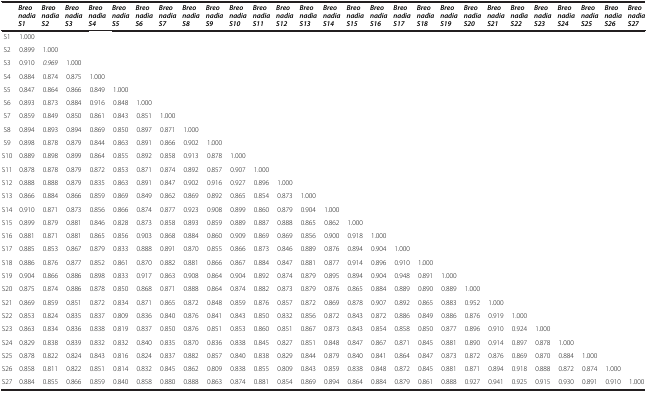
<table><thead><tr><td></td><td><b><i>Breo nadia S1</i></b></td><td><b><i>Breo nadia S2</i></b></td><td><b><i>Breo nadia S3</i></b></td><td><b><i>Breo nadia S4</i></b></td><td><b><i>Breo nadia S5</i></b></td><td><b><i>Breo nadia S6</i></b></td><td><b><i>Breo nadia S7</i></b></td><td><b><i>Breo nadia S8</i></b></td><td><b><i>Breo nadia S9</i></b></td><td><b><i>Breo nadia S10</i></b></td><td><b><i>Breo nadia S11</i></b></td><td><b><i>Breo nadia S12</i></b></td><td><b><i>Breo nadia S13</i></b></td><td><b><i>Breo nadia S14</i></b></td><td><b><i>Breo nadia S15</i></b></td><td><b><i>Breo nadia S16</i></b></td><td><b><i>Breo nadia S17</i></b></td><td><b><i>Breo nadia S18</i></b></td><td><b><i>Breo nadia S19</i></b></td><td><b><i>Breo nadia S20</i></b></td><td><b><i>Breo nadia S21</i></b></td><td><b><i>Breo nadia S22</i></b></td><td><b><i>Breo nadia S23</i></b></td><td><b><i>Breo nadia S24</i></b></td><td><b><i>Breo nadia S25</i></b></td><td><b><i>Breo nadia S26</i></b></td><td><b><i>Breo nadia S27</i></b></td></tr></thead><tbody><tr><td>S1</td><td>1.000</td><td></td><td></td><td></td><td></td><td></td><td></td><td></td><td></td><td></td><td></td><td></td><td></td><td></td><td></td><td></td><td></td><td></td><td></td><td></td><td></td><td></td><td></td><td></td><td></td><td></td><td></td></tr><tr><td>S2</td><td>0.899</td><td>1.000</td><td></td><td></td><td></td><td></td><td></td><td></td><td></td><td></td><td></td><td></td><td></td><td></td><td></td><td></td><td></td><td></td><td></td><td></td><td></td><td></td><td></td><td></td><td></td><td></td><td></td></tr><tr><td>S3</td><td>0.910</td><td><i>0.969</i></td><td>1.000</td><td></td><td></td><td></td><td></td><td></td><td></td><td></td><td></td><td></td><td></td><td></td><td></td><td></td><td></td><td></td><td></td><td></td><td></td><td></td><td></td><td></td><td></td><td></td><td></td></tr><tr><td>S4</td><td>0.884</td><td>0.874</td><td>0.875</td><td>1.000</td><td></td><td></td><td></td><td></td><td></td><td></td><td></td><td></td><td></td><td></td><td></td><td></td><td></td><td></td><td></td><td></td><td></td><td></td><td></td><td></td><td></td><td></td><td></td></tr><tr><td>S5</td><td>0.847</td><td>0.864</td><td>0.866</td><td>0.849</td><td>1.000</td><td></td><td></td><td></td><td></td><td></td><td></td><td></td><td></td><td></td><td></td><td></td><td></td><td></td><td></td><td></td><td></td><td></td><td></td><td></td><td></td><td></td><td></td></tr><tr><td>S6</td><td>0.893</td><td>0.873</td><td>0.884</td><td>0.916</td><td>0.848</td><td>1.000</td><td></td><td></td><td></td><td></td><td></td><td></td><td></td><td></td><td></td><td></td><td></td><td></td><td></td><td></td><td></td><td></td><td></td><td></td><td></td><td></td><td></td></tr><tr><td>S7</td><td>0.859</td><td>0.849</td><td>0.850</td><td>0.861</td><td>0.843</td><td>0.851</td><td>1.000</td><td></td><td></td><td></td><td></td><td></td><td></td><td></td><td></td><td></td><td></td><td></td><td></td><td></td><td></td><td></td><td></td><td></td><td></td><td></td><td></td></tr><tr><td>S8</td><td>0.894</td><td>0.893</td><td>0.894</td><td>0.869</td><td>0.850</td><td>0.897</td><td>0.871</td><td>1.000</td><td></td><td></td><td></td><td></td><td></td><td></td><td></td><td></td><td></td><td></td><td></td><td></td><td></td><td></td><td></td><td></td><td></td><td></td><td></td></tr><tr><td>S9</td><td>0.898</td><td>0.878</td><td>0.879</td><td>0.844</td><td>0.863</td><td>0.891</td><td>0.866</td><td>0.902</td><td>1.000</td><td></td><td></td><td></td><td></td><td></td><td></td><td></td><td></td><td></td><td></td><td></td><td></td><td></td><td></td><td></td><td></td><td></td><td></td></tr><tr><td>S10</td><td>0.889</td><td>0.898</td><td>0.899</td><td>0.864</td><td>0.855</td><td>0.892</td><td>0.858</td><td>0.913</td><td>0.878</td><td>1.000</td><td></td><td></td><td></td><td></td><td></td><td></td><td></td><td></td><td></td><td></td><td></td><td></td><td></td><td></td><td></td><td></td><td></td></tr><tr><td>S11</td><td>0.878</td><td>0.878</td><td>0.879</td><td>0.872</td><td>0.853</td><td>0.871</td><td>0.874</td><td>0.892</td><td>0.857</td><td>0.907</td><td>1.000</td><td></td><td></td><td></td><td></td><td></td><td></td><td></td><td></td><td></td><td></td><td></td><td></td><td></td><td></td><td></td><td></td></tr><tr><td>S12</td><td>0.888</td><td>0.888</td><td>0.879</td><td>0.835</td><td>0.863</td><td>0.891</td><td>0.847</td><td>0.902</td><td>0.916</td><td>0.927</td><td>0.896</td><td>1.000</td><td></td><td></td><td></td><td></td><td></td><td></td><td></td><td></td><td></td><td></td><td></td><td></td><td></td><td></td><td></td></tr><tr><td>S13</td><td>0.866</td><td>0.884</td><td>0.866</td><td>0.859</td><td>0.869</td><td>0.849</td><td>0.862</td><td>0.869</td><td>0.892</td><td>0.865</td><td>0.854</td><td>0.873</td><td>1.000</td><td></td><td></td><td></td><td></td><td></td><td></td><td></td><td></td><td></td><td></td><td></td><td></td><td></td><td></td></tr><tr><td>S14</td><td>0.910</td><td>0.871</td><td>0.873</td><td>0.856</td><td>0.866</td><td>0.874</td><td>0.877</td><td>0.923</td><td>0.908</td><td>0.899</td><td>0.860</td><td>0.879</td><td>0.904</td><td>1.000</td><td></td><td></td><td></td><td></td><td></td><td></td><td></td><td></td><td></td><td></td><td></td><td></td><td></td></tr><tr><td>S15</td><td>0.899</td><td>0.879</td><td>0.881</td><td>0.846</td><td>0.828</td><td>0.873</td><td>0.858</td><td>0.893</td><td>0.859</td><td>0.889</td><td>0.887</td><td>0.888</td><td>0.865</td><td>0.862</td><td>1.000</td><td></td><td></td><td></td><td></td><td></td><td></td><td></td><td></td><td></td><td></td><td></td><td></td></tr><tr><td>S16</td><td>0.881</td><td>0.871</td><td>0.881</td><td>0.865</td><td>0.856</td><td>0.903</td><td>0.868</td><td>0.884</td><td>0.860</td><td>0.909</td><td>0.869</td><td>0.869</td><td>0.856</td><td>0.900</td><td>0.918</td><td>1.000</td><td></td><td></td><td></td><td></td><td></td><td></td><td></td><td></td><td></td><td></td><td></td></tr><tr><td>S17</td><td>0.885</td><td>0.853</td><td>0.867</td><td>0.879</td><td>0.833</td><td>0.888</td><td>0.891</td><td>0.870</td><td>0.855</td><td>0.866</td><td>0.873</td><td>0.846</td><td>0.889</td><td>0.876</td><td>0.894</td><td>0.904</td><td>1.000</td><td></td><td></td><td></td><td></td><td></td><td></td><td></td><td></td><td></td><td></td></tr><tr><td>S18</td><td>0.886</td><td>0.876</td><td>0.877</td><td>0.852</td><td>0.861</td><td>0.870</td><td>0.882</td><td>0.881</td><td>0.866</td><td>0.867</td><td>0.884</td><td>0.847</td><td>0.881</td><td>0.877</td><td>0.914</td><td>0.896</td><td>0.910</td><td>1.000</td><td></td><td></td><td></td><td></td><td></td><td></td><td></td><td></td><td></td></tr><tr><td>S19</td><td>0.904</td><td>0.866</td><td>0.886</td><td>0.898</td><td>0.833</td><td>0.917</td><td>0.863</td><td>0.908</td><td>0.864</td><td>0.904</td><td>0.892</td><td>0.874</td><td>0.879</td><td>0.895</td><td>0.894</td><td>0.904</td><td>0.948</td><td>0.891</td><td>1.000</td><td></td><td></td><td></td><td></td><td></td><td></td><td></td><td></td></tr><tr><td>S20</td><td>0.875</td><td>0.874</td><td>0.886</td><td>0.878</td><td>0.850</td><td>0.868</td><td>0.871</td><td>0.888</td><td>0.864</td><td>0.874</td><td>0.882</td><td>0.873</td><td>0.879</td><td>0.876</td><td>0.865</td><td>0.884</td><td>0.889</td><td>0.890</td><td>0.889</td><td>1.000</td><td></td><td></td><td></td><td></td><td></td><td></td><td></td></tr><tr><td>S21</td><td>0.869</td><td>0.859</td><td>0.851</td><td>0.872</td><td>0.834</td><td>0.871</td><td>0.865</td><td>0.872</td><td>0.848</td><td>0.859</td><td>0.876</td><td>0.857</td><td>0.872</td><td>0.869</td><td>0.878</td><td>0.907</td><td>0.892</td><td>0.865</td><td>0.883</td><td>0.952</td><td>1.000</td><td></td><td></td><td></td><td></td><td></td><td></td></tr><tr><td>S22</td><td>0.853</td><td>0.824</td><td>0.835</td><td>0.837</td><td>0.809</td><td>0.836</td><td>0.840</td><td>0.876</td><td>0.841</td><td>0.843</td><td>0.850</td><td>0.832</td><td>0.856</td><td>0.872</td><td>0.843</td><td>0.872</td><td>0.886</td><td>0.849</td><td>0.886</td><td>0.876</td><td>0.919</td><td>1.000</td><td></td><td></td><td></td><td></td><td></td></tr><tr><td>S23</td><td>0.863</td><td>0.834</td><td>0.836</td><td>0.838</td><td>0.819</td><td>0.837</td><td>0.850</td><td>0.876</td><td>0.851</td><td>0.853</td><td>0.860</td><td>0.851</td><td>0.867</td><td>0.873</td><td>0.843</td><td>0.854</td><td>0.858</td><td>0.850</td><td>0.877</td><td>0.896</td><td>0.910</td><td>0.924</td><td>1.000</td><td></td><td></td><td></td><td></td></tr><tr><td>S24</td><td>0.829</td><td>0.838</td><td>0.839</td><td>0.832</td><td>0.832</td><td>0.840</td><td>0.835</td><td>0.870</td><td>0.836</td><td>0.838</td><td>0.845</td><td>0.827</td><td>0.851</td><td>0.848</td><td>0.847</td><td>0.867</td><td>0.871</td><td>0.845</td><td>0.881</td><td>0.890</td><td>0.914</td><td>0.897</td><td>0.878</td><td>1.000</td><td></td><td></td><td></td></tr><tr><td>S25</td><td>0.878</td><td>0.822</td><td>0.824</td><td>0.843</td><td>0.816</td><td>0.824</td><td>0.837</td><td>0.882</td><td>0.857</td><td>0.840</td><td>0.838</td><td>0.829</td><td>0.844</td><td>0.879</td><td>0.840</td><td>0.841</td><td>0.864</td><td>0.847</td><td>0.873</td><td>0.872</td><td>0.876</td><td>0.869</td><td>0.870</td><td>0.884</td><td>1.000</td><td></td><td></td></tr><tr><td>S26</td><td>0.858</td><td>0.811</td><td>0.822</td><td>0.851</td><td>0.814</td><td>0.832</td><td>0.845</td><td>0.862</td><td>0.809</td><td>0.838</td><td>0.855</td><td>0.809</td><td>0.843</td><td>0.859</td><td>0.838</td><td>0.848</td><td>0.872</td><td>0.845</td><td>0.881</td><td>0.871</td><td>0.894</td><td>0.918</td><td>0.888</td><td>0.872</td><td>0.874</td><td>1.000</td><td></td></tr><tr><td>S27</td><td>0.884</td><td>0.855</td><td>0.866</td><td>0.859</td><td>0.840</td><td>0.858</td><td>0.880</td><td>0.888</td><td>0.863</td><td>0.874</td><td>0.881</td><td>0.854</td><td>0.869</td><td>0.894</td><td>0.864</td><td>0.884</td><td>0.879</td><td>0.861</td><td>0.888</td><td>0.927</td><td>0.941</td><td>0.925</td><td>0.915</td><td>0.930</td><td>0.891</td><td>0.910</td><td>1.000</td></tr></tbody></table>